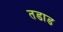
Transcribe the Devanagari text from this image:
तडाड